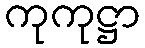
ကုကုဋ္ဌာ